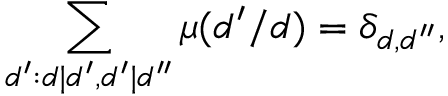
\sum _ { d ^ { \prime } : d | d ^ { \prime } , d ^ { \prime } | d ^ { \prime \prime } } \mu ( d ^ { \prime } / d ) = \delta _ { d , d ^ { \prime \prime } } ,